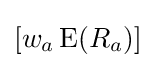
[w_{a}\operatorname {E} (R_{a})]